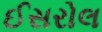
ઈસરોલ